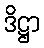
ဒိဋ္ဌာ